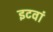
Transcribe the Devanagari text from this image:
इटवां